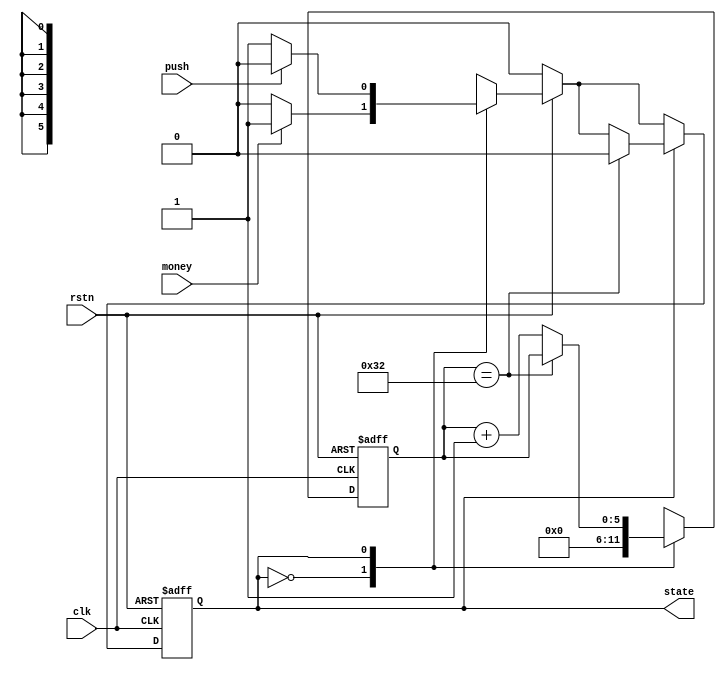
`timescale 1ns / 1ps

module turnstile(
    input clk, rstn,
    input money, push,
    output reg state
    );
    
    localparam ST_LOCKED = 1'b0;
    localparam ST_UNLOCKED = 1'b1;
    
    reg nstate;
    reg [0:5]cnt;
    
    always @(posedge clk or negedge rstn) begin
        if (!rstn) begin
            state <= ST_LOCKED;
            cnt <= 0;
        end
        else begin
            state <= nstate;
            case(state)
                ST_LOCKED : begin
                    cnt = 0;
                end
                ST_UNLOCKED : begin
                    if (cnt == 50) begin
                        state <= ST_LOCKED;
                    end
                    else begin
                        cnt <= cnt + 1;
                    end
                end
            endcase
        end
    end
    
    always @(*) begin
        if (!rstn) begin
            nstate = ST_LOCKED;
        end
        else begin
            case (state)
                ST_LOCKED : begin
                    if (money)
                        nstate = ST_UNLOCKED;
                    else
                        nstate = ST_LOCKED;
                end
                ST_UNLOCKED : begin
                    if (push)
                        nstate = ST_LOCKED;
                    else 
                        nstate = ST_UNLOCKED;
                end
                default : begin
                    nstate = ST_LOCKED;
                end
            endcase
        end
    end
    
endmodule